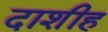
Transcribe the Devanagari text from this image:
दाशीह